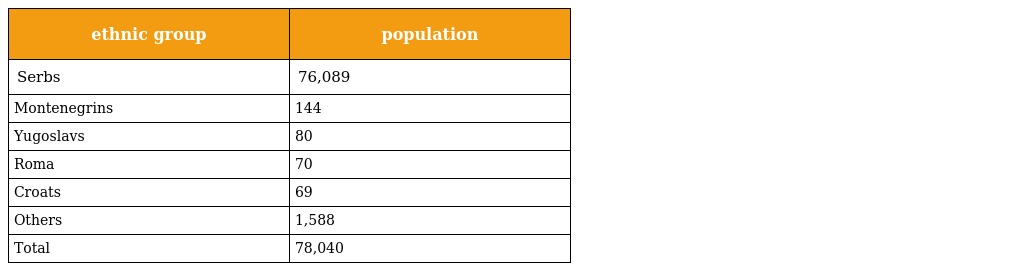
| ethnic group | population |
 | --- | --- |
 | Serbs | 76,089 |
 | Montenegrins | 144 |
 | Yugoslavs | 80 |
 | Roma | 70 |
 | Croats | 69 |
 | Others | 1,588 |
 | Total | 78,040 |